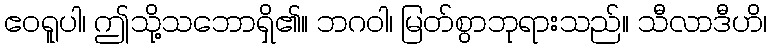
ဧဝရူပါ၊ ဤသို့သဘောရှိ၏။ ဘဂဝါ၊ မြတ်စွာဘုရားသည်။ သီလာဒီဟိ၊